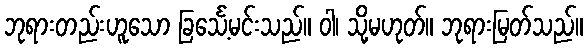
ဘုရားတည်းဟူသော ခြင်္သေ့မင်းသည်။ ဝါ၊ သို့မဟုတ်။ ဘုရားမြတ်သည်။